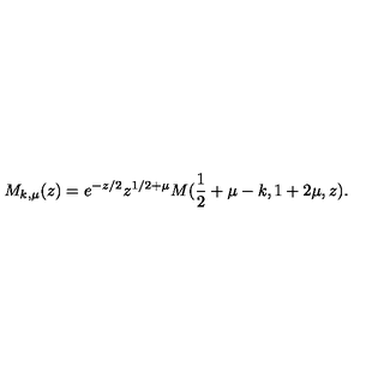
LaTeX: M _ { k , \mu } ( z ) = e ^ { - z / 2 } z ^ { 1 / 2 + \mu } M ( \frac { 1 } { 2 } + \mu - k , 1 + 2 \mu , z ) .